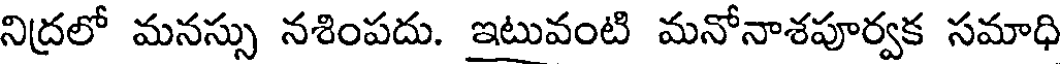
నిద్రలో మనస్సు నశింపదు. ఇటువంటి మనోనాశపూర్వక సమాధి